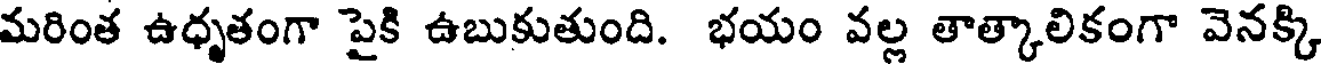
మరింత ఉధృతంగా పైకి ఉబుకుతుంది. భయం వల్ల తాత్కాలికంగా వెనక్కి